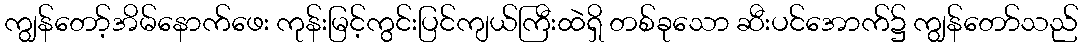
ကျွန်တော့်အိမ်နောက်ဖေး ကုန်းမြင့်ကွင်းပြင်ကျယ်ကြီးထဲရှိ တစ်ခုသော ဆီးပင်အောက်၌ ကျွန်တော်သည်